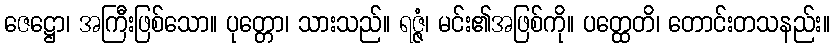
ဇေဋ္ဌော၊ အကြီးဖြစ်သော။ ပုတ္တော၊ သားသည်။ ရဇ္ဇံ၊ မင်း၏အဖြစ်ကို။ ပတ္ထေတိ၊ တောင်းတသနည်း။